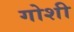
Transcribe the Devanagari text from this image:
गोशी